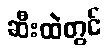
ဆီးထဲတွင်